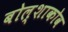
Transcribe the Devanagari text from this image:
बोल्शाकोव